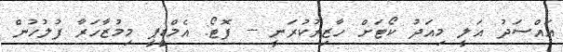
އައްސަދު އަލީ މިއަދު ކޯޓަށް ހާޒިރުކުރަނީ -- ފޮޓޯ: އެމްޑީޕީ މިމުޒާހަރާ ފުލުހުން